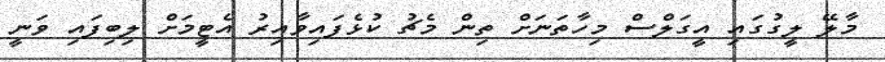
މާލޭ ލީގުގައި އީގަލްސް މިހާތަނަށް ތިން މެޗު ކުޅެފައިވާއިރު އެޓީމަށް ލިބިފައި ވަނީ